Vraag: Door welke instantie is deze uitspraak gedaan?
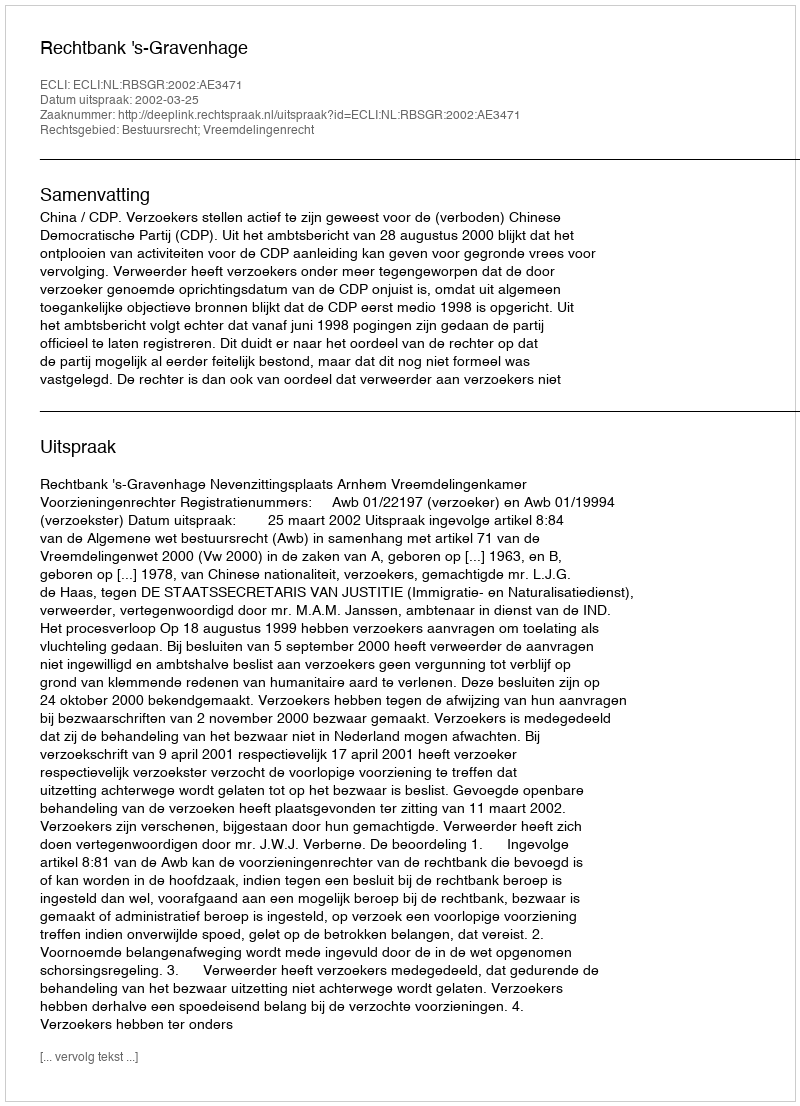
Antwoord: Rechtbank 's-Gravenhage